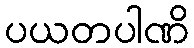
ပယတပါဏိ